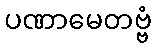
ပဏာမေတဗ္ဗံ